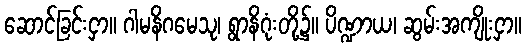
ဆောင်ခြင်းငှာ။ ဂါမနိဂမေသု၊ ရွာနိဂုံးတို့၌။ ပိဏ္ဍာယ၊ ဆွမ်းအကျိုးငှာ။